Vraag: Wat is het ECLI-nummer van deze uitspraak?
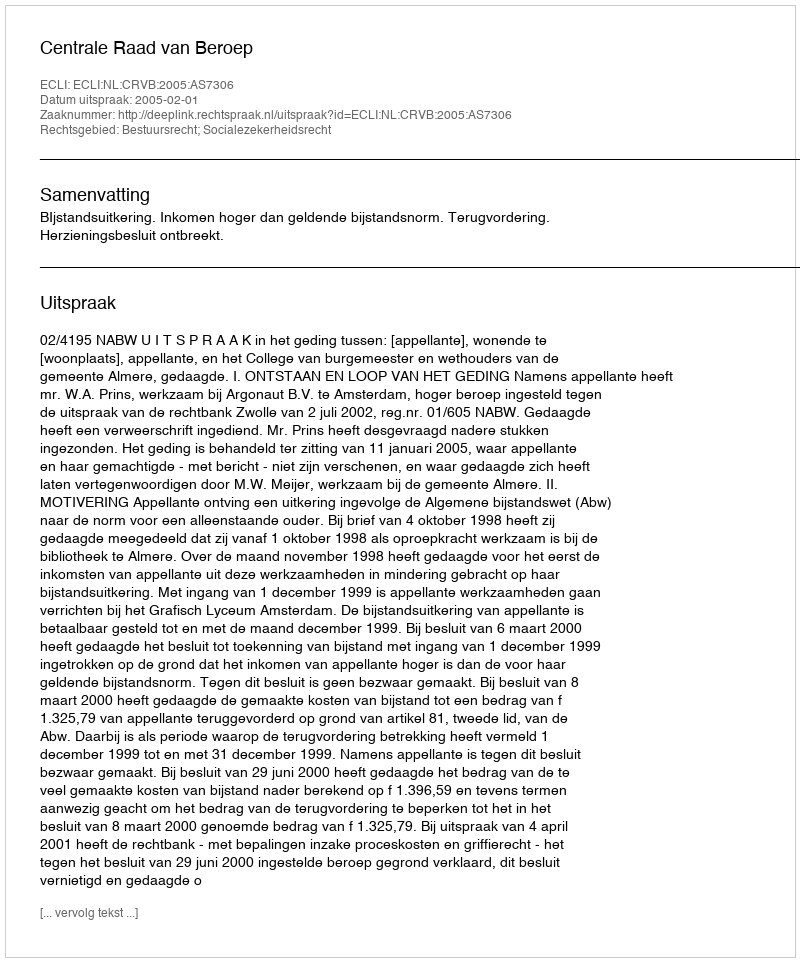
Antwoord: ECLI:NL:CRVB:2005:AS7306